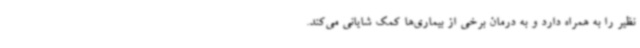
نظیر را به همراه دارد و به درمان برخی از بیماری‌ها کمک شایانی می‌کند.